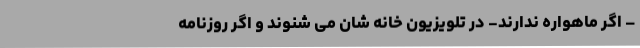
– اگر ماهواره ندارند- در تلویزیون خانه شان می شنوند و اگر روزنامه